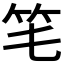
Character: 𥫬